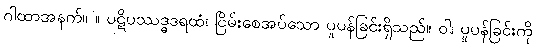
ဂါထာအနက်။ ။ ပဋိပဿဒ္ဓဒရထံ၊ ငြိမ်းစေအပ်သော ပူပန်ခြင်းရှိသည်။ ဝါ၊ ပူပန်ခြင်းကို